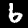
Label: 6